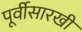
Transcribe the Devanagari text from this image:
पूर्वीसारखी